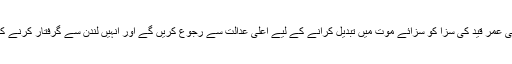
وزیر قانون انیس الحق کا کہنا تھا کہ طارق الرحمان کی عمر قید کی سزا کو سزائے موت میں تبدیل کرانے کے لیے اعلیٰ عدالت سے رجوع کریں گے اور انہیں لندن سے گرفتار کرنے کے لیے تمام تر سفارتی اقدامات بروئے کار لائیں گے۔